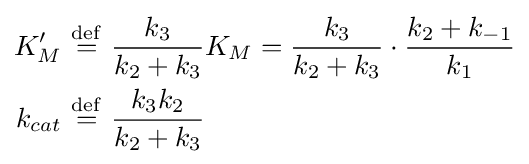
{\begin{aligned}K_{M}^{\prime }\ &{\stackrel {\mathrm {def} }{=}}\ {\frac {k_{3}}{k_{2}+k_{3}}}K_{M}={\frac {k_{3}}{k_{2}+k_{3}}}\cdot {\frac {k_{2}+k_{-1}}{k_{1}}}\\k_{cat}\ &{\stackrel {\mathrm {def} }{=}}\ {\dfrac {k_{3}k_{2}}{k_{2}+k_{3}}}\end{aligned}}